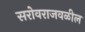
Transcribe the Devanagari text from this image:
सरोवराजवळील